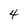
Character: 4